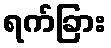
ရက်ခြား